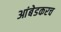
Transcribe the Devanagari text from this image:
आंबेडकरच